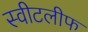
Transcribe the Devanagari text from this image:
स्वीटलीफ